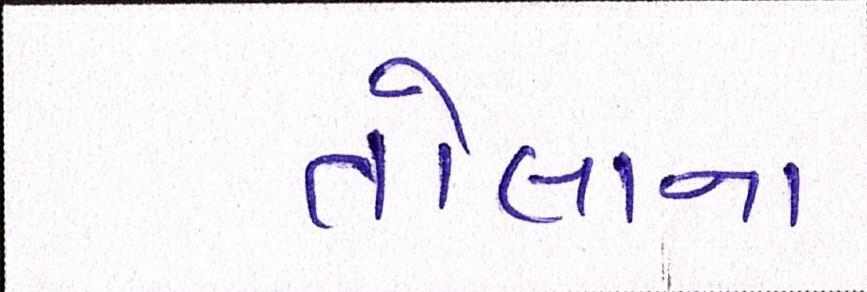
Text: તોલાના